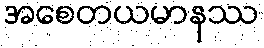
အစေတယမာနဿ